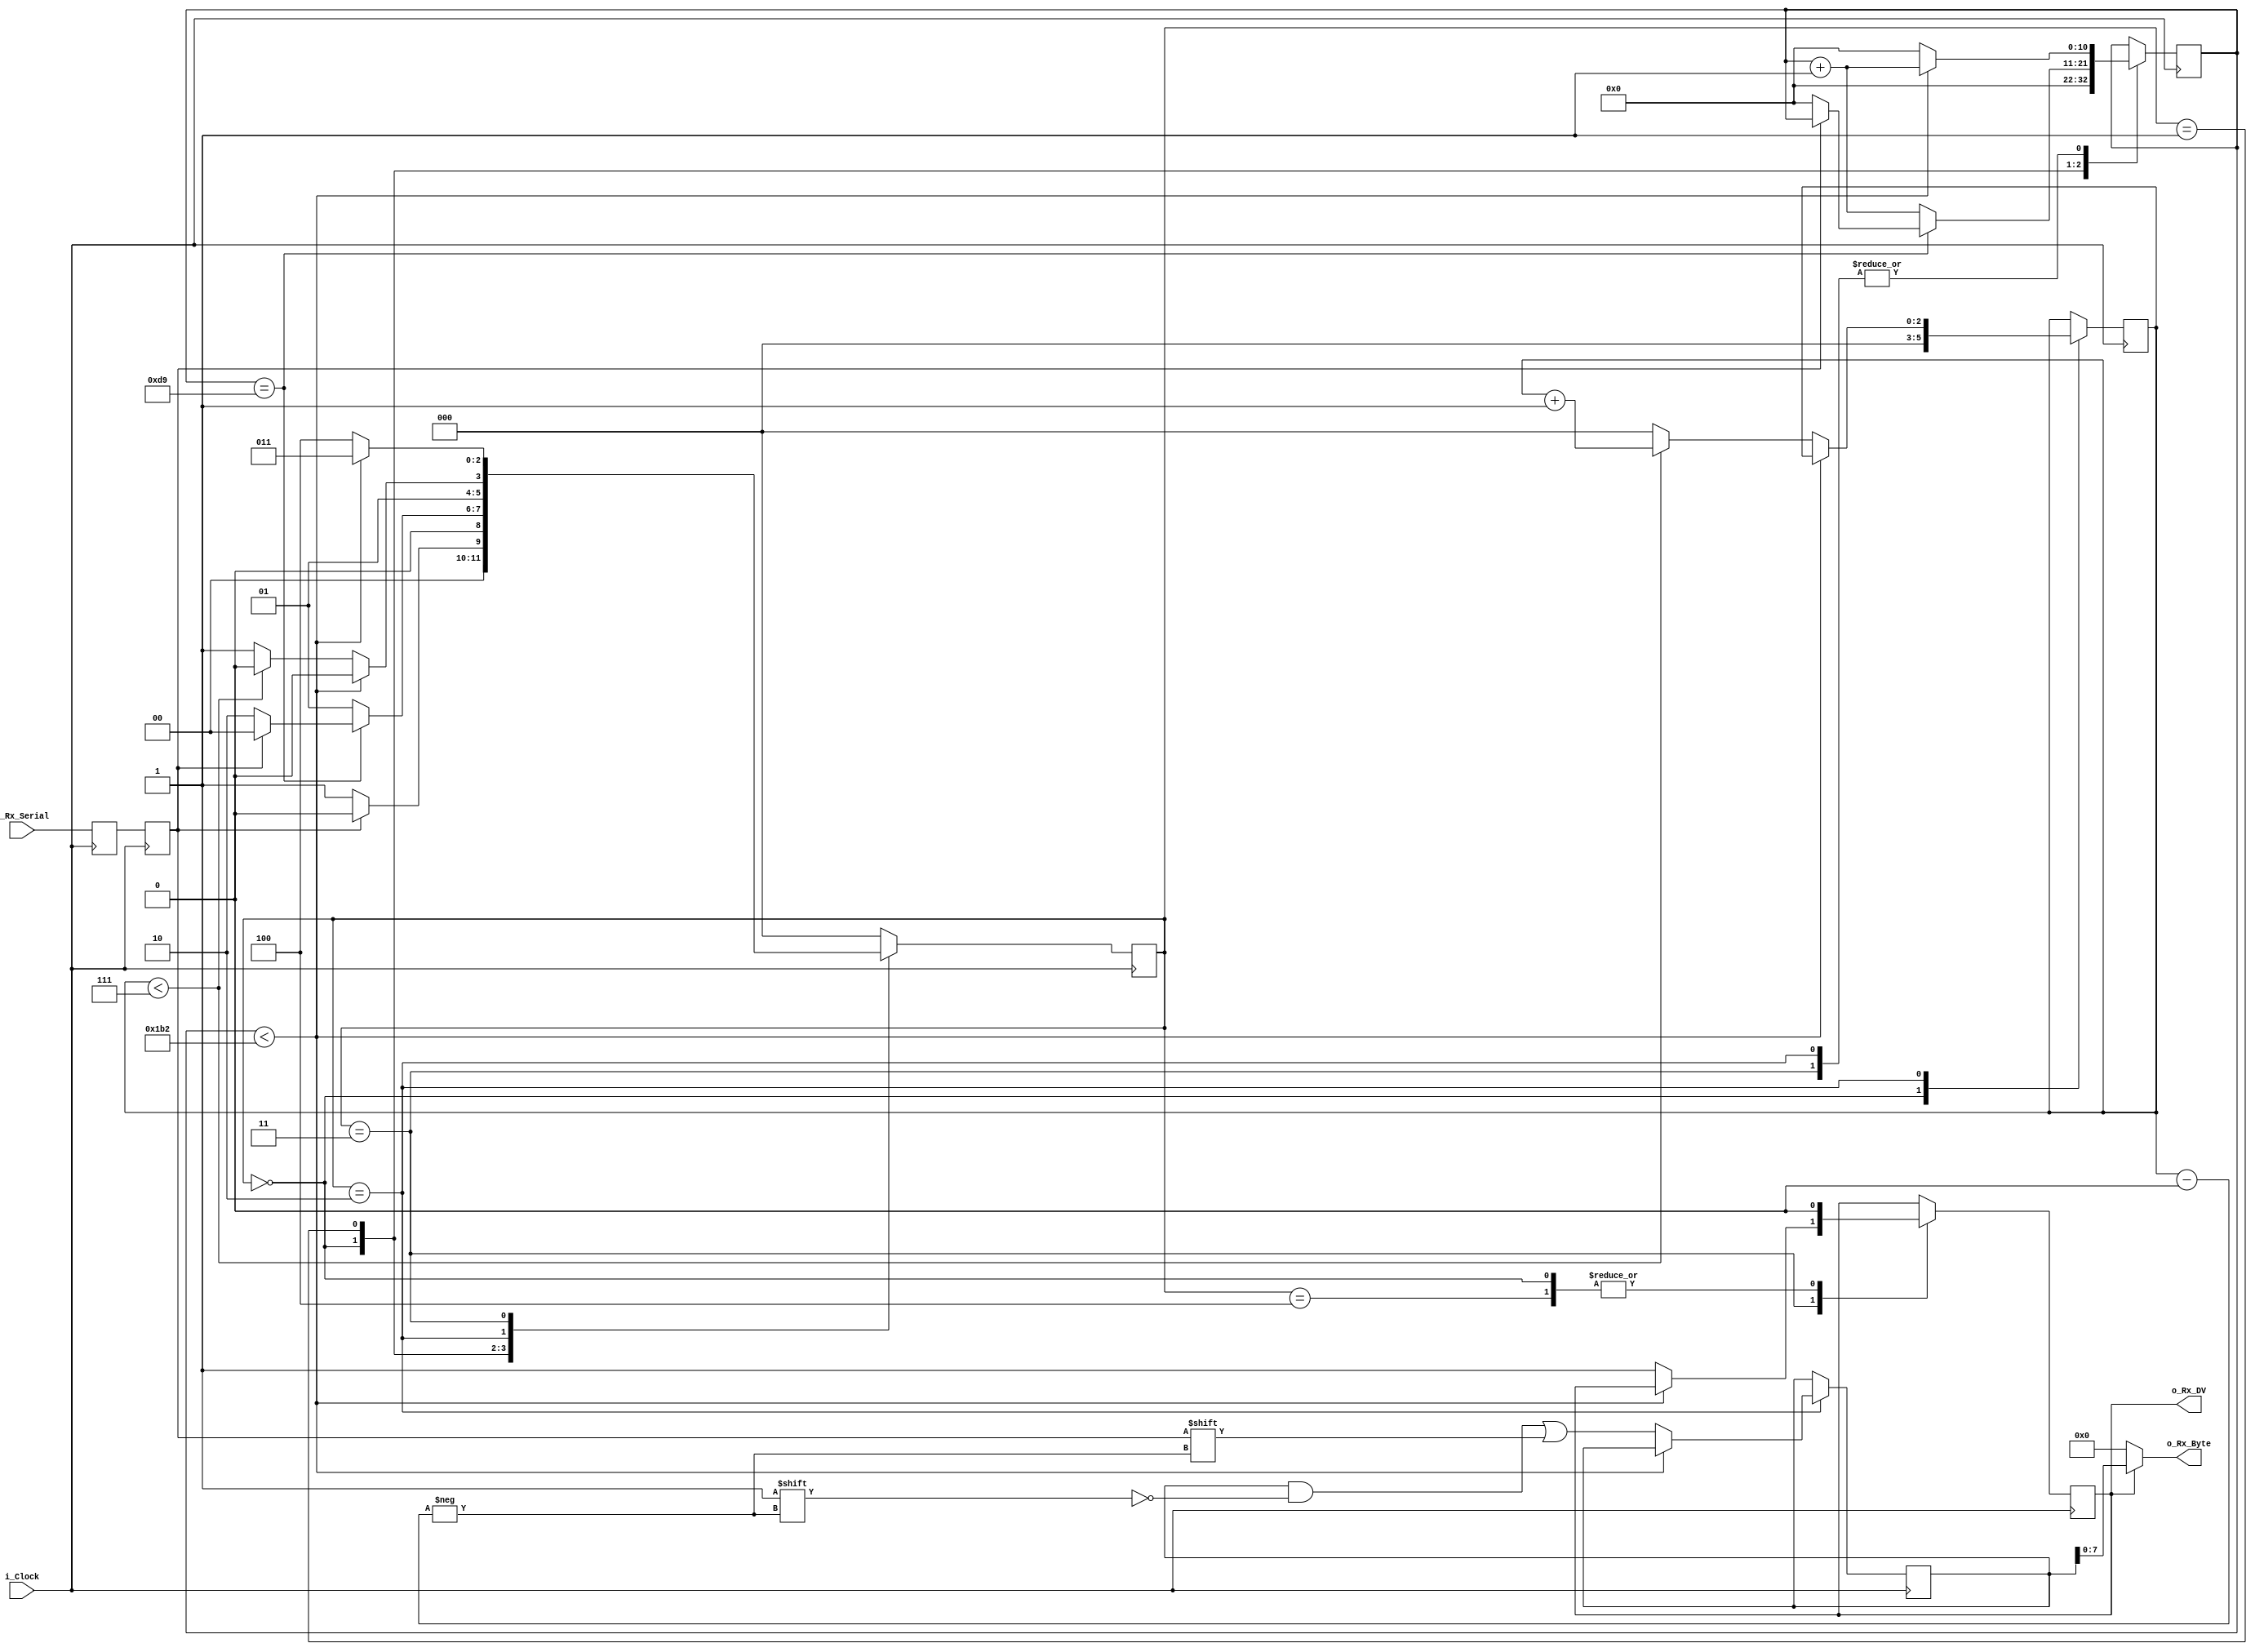
// This program was cloned from: https://github.com/Mr-Kaushal-22/WS2812_Interfacing
// License: MIT License

module test_uart_rx #(
parameter CLKS_PER_BIT=435
)(
 input        i_Clock,
 input        i_Rx_Serial,
 output       o_Rx_DV,
 output [7:0] o_Rx_Byte
);
  
parameter s_IDLE         = 3'b000;
parameter s_RX_START_BIT = 3'b001;
parameter s_RX_DATA_BITS = 3'b010;
parameter s_RX_STOP_BIT  = 3'b011;
parameter s_CLEANUP      = 3'b100;
 
reg           r_Rx_Data_R = 1'b1;
reg           r_Rx_Data   = 1'b1;
 
reg [10:0]    r_Clock_Count = 0;
reg [2:0]     r_Bit_Index   = 0;
reg [8:0]     r_Rx_Byte     = 0;
reg           r_Rx_DV       = 0;
reg [2:0]     r_SM_Main     = 0;

always @(posedge i_Clock) begin
  r_Rx_Data_R <= i_Rx_Serial;
  r_Rx_Data   <= r_Rx_Data_R;
end
 
always @(posedge i_Clock) begin
  case (r_SM_Main)
    s_IDLE : begin
      r_Rx_DV       <= 1'b0;
      r_Clock_Count <= 0;
      r_Bit_Index   <= 0;
       
      if (r_Rx_Data == 1'b0) begin  // Start bit detected
        r_SM_Main <= s_RX_START_BIT;
      end else begin
        r_SM_Main <= s_IDLE;
      end
    end
  
    s_RX_START_BIT : begin
      if (r_Clock_Count == (CLKS_PER_BIT-1)/2) begin
        if (r_Rx_Data == 1'b0) begin
          r_Clock_Count <= 0;  // reset counter, found the middle
          r_SM_Main     <= s_RX_DATA_BITS;
        end else begin
          r_SM_Main <= s_IDLE;
        end
      end else begin
        r_Clock_Count <= r_Clock_Count + 1;
        r_SM_Main     <= s_RX_START_BIT;
      end
    end

    s_RX_DATA_BITS : begin
      if (r_Clock_Count < CLKS_PER_BIT-1) begin
        r_Clock_Count <= r_Clock_Count + 1;
        r_SM_Main     <= s_RX_DATA_BITS;
      end else begin
        r_Clock_Count          <= 0;
        r_Rx_Byte[r_Bit_Index] <= r_Rx_Data;
         
        // Check if we have received all bits
        if (r_Bit_Index < 7) begin
          r_Bit_Index <= r_Bit_Index + 1;
          r_SM_Main   <= s_RX_DATA_BITS;
        end else begin
          r_Bit_Index <= 0;
          r_SM_Main   <= s_RX_STOP_BIT;
        end
      end
    end
 
    // Receive Stop bit.  Stop bit = 1
    s_RX_STOP_BIT : begin
      // Wait CLKS_PER_BIT-1 clock cycles for Stop bit to finish
      if (r_Clock_Count < CLKS_PER_BIT-1) begin
        r_Clock_Count <= r_Clock_Count + 1;
        r_SM_Main     <= s_RX_STOP_BIT;
      end else begin
        r_Rx_DV       <= 1'b1;
        r_Clock_Count <= 0;
        r_SM_Main     <= s_CLEANUP;
      end
    end

    // Stay here 1 clock
    s_CLEANUP : begin
      r_SM_Main <= s_IDLE;
      r_Rx_DV   <= 1'b0;
    end
     
    default : r_SM_Main <= s_IDLE;
  endcase
end

assign o_Rx_DV   = r_Rx_DV;
assign o_Rx_Byte = r_Rx_DV ? r_Rx_Byte : 0;

endmodule